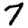
Digit: 7